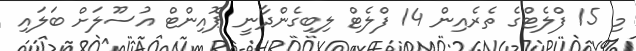
މި 15 ފްލެޓްގެ ތެރެއިން 14 ފްލެޓް ލިބިގެންދާނީ ޕޮއިންޓް އުސޫލަށް ބަލައި